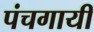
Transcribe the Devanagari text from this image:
पंचगायीं